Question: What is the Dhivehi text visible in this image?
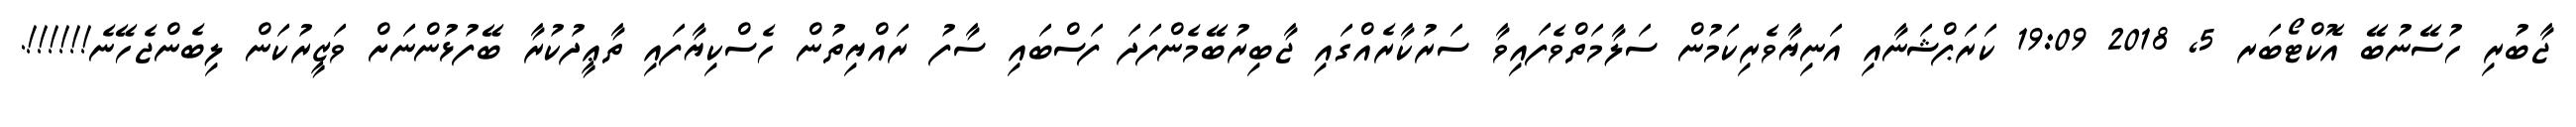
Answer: ޖާބުރި ހުސޭނުބޭ އޮކްޓޯބަރ 5, 2018 19:09 ކަރަޕްޝަނާއި އަނިޔާވެރިކަމުން ސަލާމަތްވެފައިވާ ސަރުކާރެއްގައި ޖާބިރުބޭމެންފަދަ ފަސްބައި ސާފު ރައްޔިތުން ހެސްކިޔާފައި ތާޢީދުކުރާ ބޭފުޅުންނަށް ވަޒީރުކަން ލިބެންޖެހޭނެ!!!!!!.